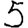
Digit: 5